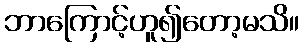
ဘာကြောင့်ဟူ၍တော့မသိ။